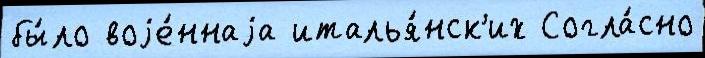
бы́ло воjе́ннаjа италья́нск'их Согла́сно